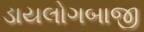
ડાયલોગબાજી